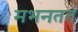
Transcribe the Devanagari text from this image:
मभनतत